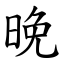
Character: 晚